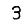
Digit: 3